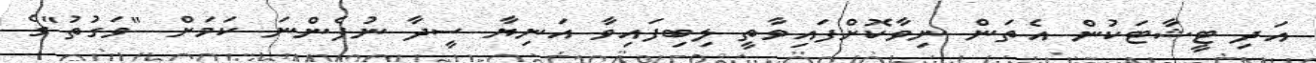
އަދި ޓީޝާޓަކުން އެތަން ނިވާކޮށްފައިވާތީ ލިބިފައިވާ އަނިޔާ ސީދާ ނުފެންނަ ކަމަށް "ވަގުތު"ގެ